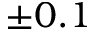
\pm 0 . 1